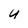
Character: U